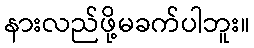
နားလည်ဖို့မခက်ပါဘူး။